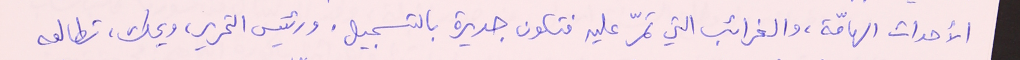
الأحداث الهامّة، والغرائب التي تمرّ عليه فتكون جديرة بالتسجيل. ورئيس التحرير ويحك، تطالعه